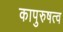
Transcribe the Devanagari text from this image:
कापुरुषत्व